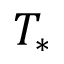
T _ { * }